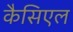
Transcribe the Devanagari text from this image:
कैसिएल